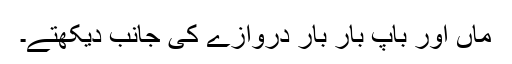
ماں اور باپ بار بار دروازے کی جانب دیکھتے۔